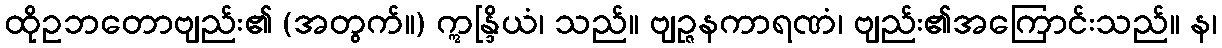
ထိုဥဘတောဗျည်း၏ (အတွက်။) ဣန္ဒြိယံ၊ သည်။ ဗျဉ္ဇနကာရဏံ၊ ဗျည်း၏အကြောင်းသည်။ န၊